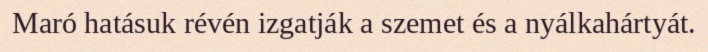
Maró hatásuk révén izgatják a szemet és a nyálkahártyát.